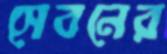
সেবনের